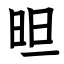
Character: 㫜